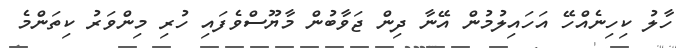
ހާލު ކިހިނެއްހޭ އަހައިލުމުން އޭނާ ދިން ޖަވާބުން މާޔޫސްވެފައި ހުރި މިންވަރު ކިތަންމެ